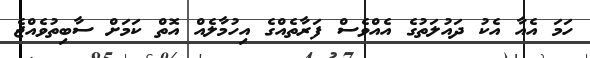
ހަމަ އެއާ އެކު ދައުލަތުގެ އެއްވެސް ފަރާތެއްގެ އިހުމާލެއް އޮތް ކަމަށް ސާބިތުވެއްޖެ